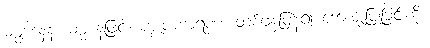
ဓမ္မဒါနေန၊ ဓမ္မဒါနဖြင့်။ ပစ္စုပကာရဏံ၊ တစ်ဖန်ပြန်၍ ကျေးဇူးပြုခြင်းကို။